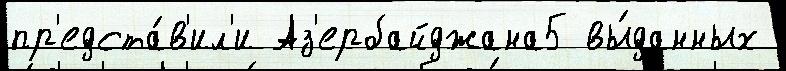
пр'едста́в'ил'и Аз'ербайджана5 вы́данных